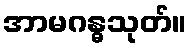
အာမဂန္ဓသုတ်။